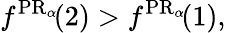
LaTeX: f^{\operatorname{PR}_{\alpha}\! }(2)>f^{\operatorname{PR}_{\alpha}\! }(1),